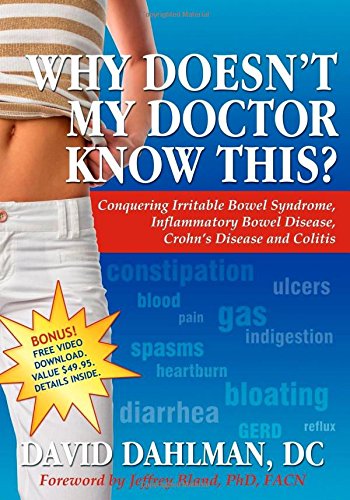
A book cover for Why Doesn't My Doctor Know This?: Conquering Irritable Bowel Syndrome, Inflammatory Bowel Disease, Crohn's Disease and Colitis; David Dahlman; Health, Fitness & Dieting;